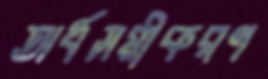
অর্ধসমীকরণ